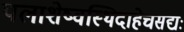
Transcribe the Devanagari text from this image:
पलाशेष्वस्थिदाहेचसद्यः